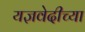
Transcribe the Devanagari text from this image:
यज्ञवेदीच्या